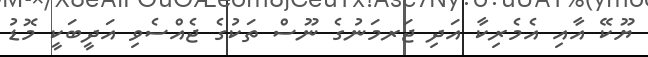
ޔޫކޭ އާއި އެމެރިކާ އަދި ޖަރމަނުގެ ނޫސް ތަކުގެ ޖެއްސެވި އަދީބަކީ މޮޑު